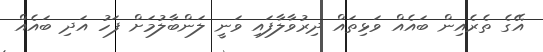
އޭގެ ތެރެއިން ބައެއް ވަޅިތައް ދިރުވާލާފައި ވަނީ ލަންބާލުމަށް ފަހު އަދި ބައެއް